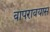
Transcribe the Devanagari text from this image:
वापरावयास